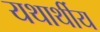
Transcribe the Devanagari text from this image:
यथार्थीय